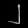
Digit: ၂